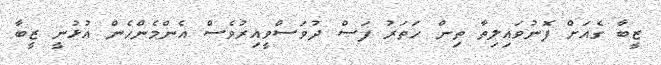
ޒީބާ ގެއަށް ފޮނުވައިލިތާ ތިން ހަތަރު ފަސް ދުވަސްވީއިރުވެސް އެންމެންހެން އުޅުނީ ޒީބާ